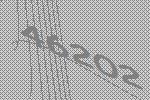
46202